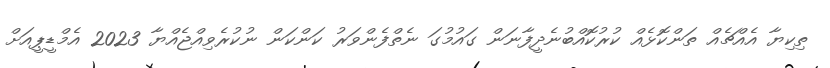
ތިކިޔާ އެއްޗެއް ތަންކޮޅެއް ކުރުކޮއްބުނެދީފާނަން ގައުމުގަ ނެތްފެންވަރު ކަަންކަން ނުކުރެވިއްޖެއްޔާ 2023 އެމްޑީޕީއަށް